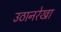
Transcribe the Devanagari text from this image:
उठानरेखा